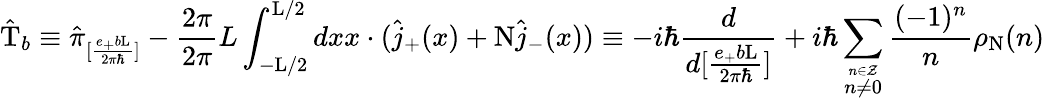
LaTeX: \hat{\mathrm{T}}_{b}\equiv\hat{\pi}_{[\frac{e_{+}b\mathrm{L}}{2{\pi}{\hbar}}]}-\frac{2\pi}{2\pi}{L}\int_{-\mathrm{L}/2}^{\mathrm{L}/2}dxx\cdot(\hat{j}_{+}(x)+\mathrm{N}\hat{j}_{-}(x))\equiv-i\hbar\frac{d}{d[\frac{e_{+}b\mathrm{L}}{2{\pi}{\hbar}}]}+i{\hbar}\sum_{\stackrel{n\in\cal Z}{n\neq 0}}\frac{(-1)^{n}}{n}\rho_{\mathrm{N}}(n)